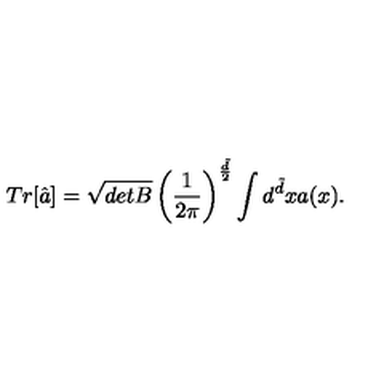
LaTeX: T r [ \hat { a } ] = \sqrt { d e t B } \left( \frac { 1 } { 2 \pi } \right) ^ { \frac { \tilde { d } } { 2 } } \int d ^ { \tilde { d } } x a ( x ) .